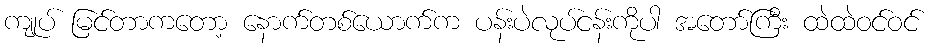
ကျုပ် မြင်တာကတော့ နောက်တစ်ယောက်က ပန်းပဲလုပ်ငန်းကိုပါ အတော်ကြီး ထဲထဲဝင်ဝင်